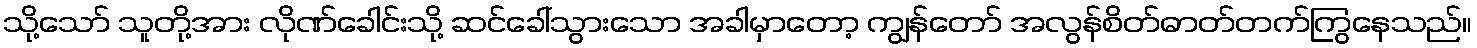
သို့သော် သူတို့အား လိုဏ်ခေါင်းသို့ ဆင်ခေါ်သွားသော အခါမှာတော့ ကျွန်တော် အလွန်စိတ်ဓာတ်တက်ကြွနေသည်။